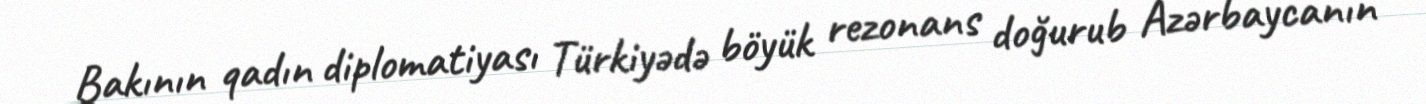
Bakının qadın diplomatiyası Türkiyədə böyük rezonans doğurub Azərbaycanın